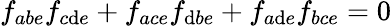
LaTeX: f_{abe}f_{c\mathrm{d}e}+f_{ace}f_{\mathrm{d}be}+f_{a\mathrm{d}e}f_{bce}=0